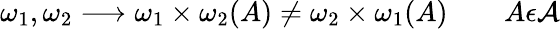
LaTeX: \omega_{1},\omega_{2}\longrightarrow\omega_{1}\times\omega_{2}(A)\not=\omega_{2}\times\omega_{1}(A)\qquad A\epsilon{\cal A}